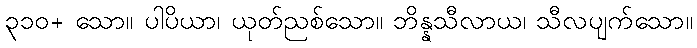
၃၁၀+ သော။ ပါပိယာ၊ ယုတ်ညစ်သော။ ဘိန္နသီလာယ၊ သီလပျက်သော။